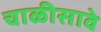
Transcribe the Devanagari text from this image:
चाळीसावे